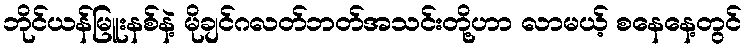
ဘိုင်ယန်မြူးနစ်နဲ့ မိုချင်ဂလတ်ဘတ်အသင်းတို့ဟာ လာမယ့် စနေနေ့တွင်